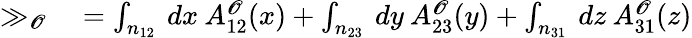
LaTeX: \begin{array}{rl}{\gg_{\mathscr{O}}}&{{}=\int_{n_{12}}\: dx\: {A}_{12}^{\mathscr{O}}(x)+\int_{n_{23}}\: dy\: {A}_{23}^{\mathscr{O}}(y)+\int_{n_{31}}\: dz\: {A}_{31}^{\mathscr{O}}(z)}\end{array}